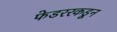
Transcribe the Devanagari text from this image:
फेडररकडून